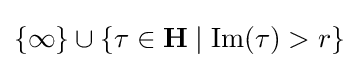
\{\infty \}\cup \{\tau \in \mathbf {H} \mid {\text{Im}}(\tau )>r\}